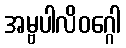
အမ္ဗပါလိဝဂ္ဂေါ